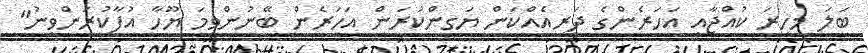
ބަލަ މިހިރަ ކުއްޖާއީ އަހަރެންގެ ދަރިއެއްކަން ޔަގީންކުރަން އަހަރެން ބޭނުންވީމަ ޔޫހާ އުފާކުރަންވީނު"